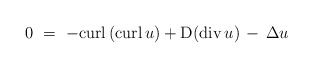
\begin{align*}0\ =\ - {\rm curl} \left( {\rm curl}\,u \right) +{\rm D}({\rm div} \,u) \,-\, \Delta u\end{align*}